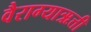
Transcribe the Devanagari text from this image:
वैराग्याऋत्ती